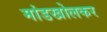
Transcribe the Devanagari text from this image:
मांडखोलकर